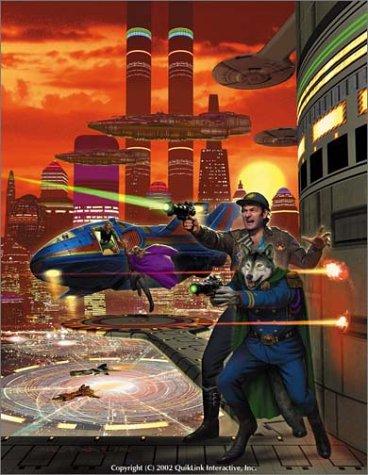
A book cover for Traveller's Handbook (Traveller T20 D20); Martin Dougherty; Science Fiction & Fantasy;